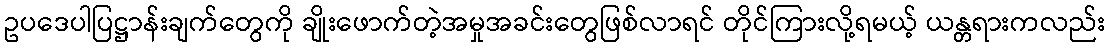
ဥပဒေပါပြဋ္ဌာန်းချက်တွေကို ချိုးဖောက်တဲ့အမှုအခင်းတွေဖြစ်လာရင် တိုင်ကြားလို့ရမယ့် ယန္တရားကလည်း